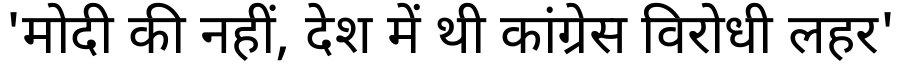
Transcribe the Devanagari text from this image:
'मोदी की नहीं, देश में थी कांग्रेस विरोधी लहर'